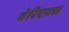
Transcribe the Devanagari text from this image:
वेरिएक्स